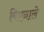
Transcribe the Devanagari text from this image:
बिएनाले